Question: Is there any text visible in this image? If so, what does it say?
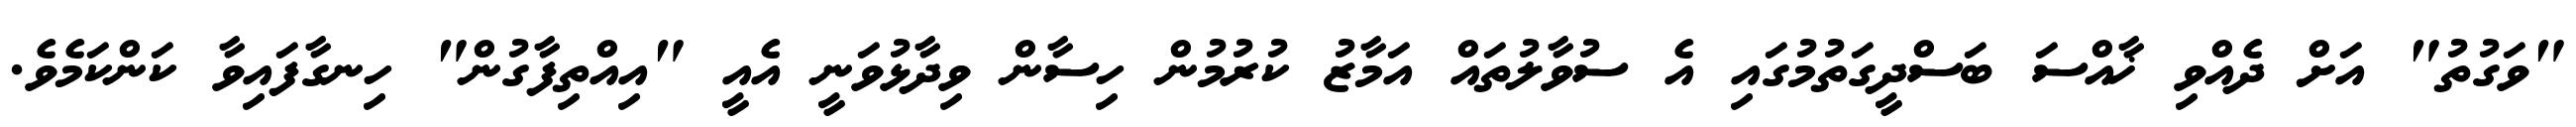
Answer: "ވަގުތު" އަށް ދެއްވި ޚާއްސަ ބަސްދީގަތުމުގައި އެ ސުވާލުތައް އަމާޒު ކުރުމުން ހިސާން ވިދާޅުވަނީ އެއީ "އިއްތިފާގުން" ހިނގާފައިވާ ކަންކަމެވެ.